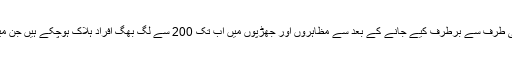
تین جولائی کو محمد مرسی کو فوج کی طرف سے برطرف کیے جانے کے بعد سے مظاہروں اور جھڑپوں میں اب تک 200 سے لگ بھگ افراد ہلاک ہوچکے ہیں جن میں اکثریت مرسی کے حامیوں کی ہے۔